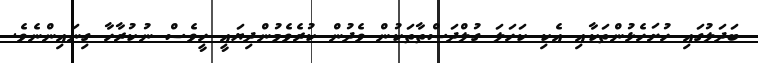
ބަދަލުގައި ހުށަހެޅުންތަކާއި އެކި ކަހަލަ ގުލްދަސްތާތަކުން ވެދުން ކުރެވެމުންދިޔައީ ހީވެސް ނުކުރާހާ ގިނައިންނެވެ.